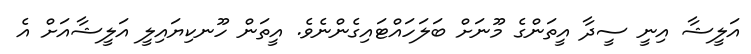
އަލީޝާ އިނީ ސީދާ އީތަންގެ މޫނަށް ބަލަހައްޓައިގެންނެވެ. އީތަން ހޫނކިޔައިލީ އަލީޝާއަށް އެ